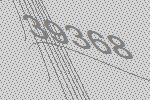
39368